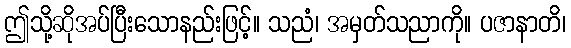
ဤသို့ဆိုအပ်ပြီးသောနည်းဖြင့်။ သညံ၊ အမှတ်သညာကို။ ပဇာနာတိ၊